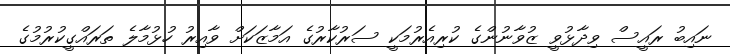
ނައިބު ރައީސް ވިދާޅުވީ ޒުވާނުންގެ ކުރިއެރުމަކީ ސަރުކާރުގެ އަމާޒަކަށް ވާއިރު ހުޅުމާލެ ތަރައްގީކުރުމުގެ